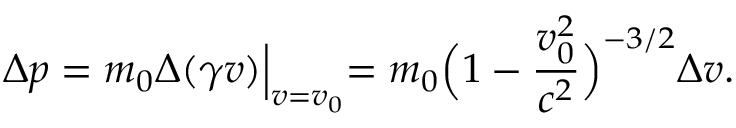
\Delta p = m _ { 0 } \Delta ( \gamma v ) \Bigl | _ { v = v _ { 0 } } = m _ { 0 } \Bigl ( 1 - \frac { v _ { 0 } ^ { 2 } } { c ^ { 2 } } \Bigr ) ^ { - 3 / 2 } \Delta v .